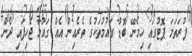
ފުރަތަމަ ޕޮޓުގައި ހިމެނޭ ބޮޑު ގައުމުތަކުގެ ތެރެއިން އެއް ގައުމާ ޖެހިފައި ދެން